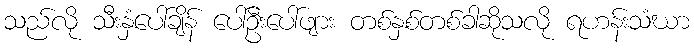
သည်လို သီးနှံပေါ်ချိန် ပေါ်ဦးပေါ်ဖျား တစ်နှစ်တစ်ခါဆိုသလို ရဟန်းသံဃာ